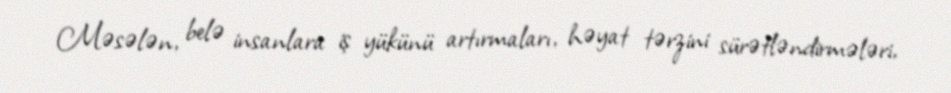
Məsələn, belə insanlara iş yükünü artırmaları, həyat tərzini sürətləndirmələri,